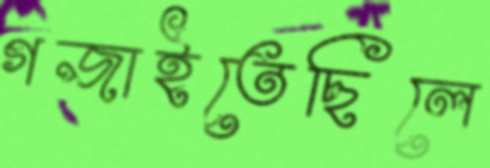
গজাইতেছিলে